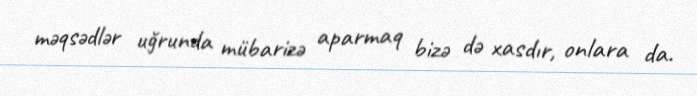
məqsədlər uğrunda mübarizə aparmaq bizə də xasdır, onlara da.